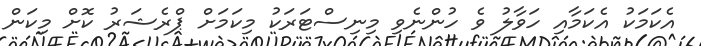
އެކަމަކު އެކަމާއި ހަވާލު ވެ ހުންނެވި މިނިސްޓަރަކު މިކަމަށް ޕްރެޝަރު ކޮށް މިކަން